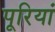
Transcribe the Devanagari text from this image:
पूरियां